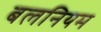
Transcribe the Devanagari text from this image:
बलनियम